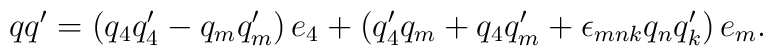
qq^{\prime }=\left( q_4q_4^{\prime }-q_mq_m^{\prime }\right)e_4+\left( q_4^{\prime }q_m+q_4q_m^{\prime }+\epsilon_{mnk}q_nq_k^{\prime }\right) e_m.